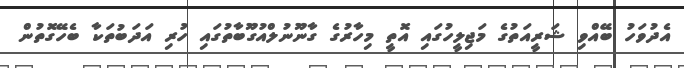
އެދުވަހު ބޭއްވި ޝަރީއަތުގެ މަޖިލީހުގައި އޮތީ މިހާރުގެ ގާނޫނުލްއުގޫބާތުގައި ހުރި އަދަބުތަކާ ބެހޭގޮތުން